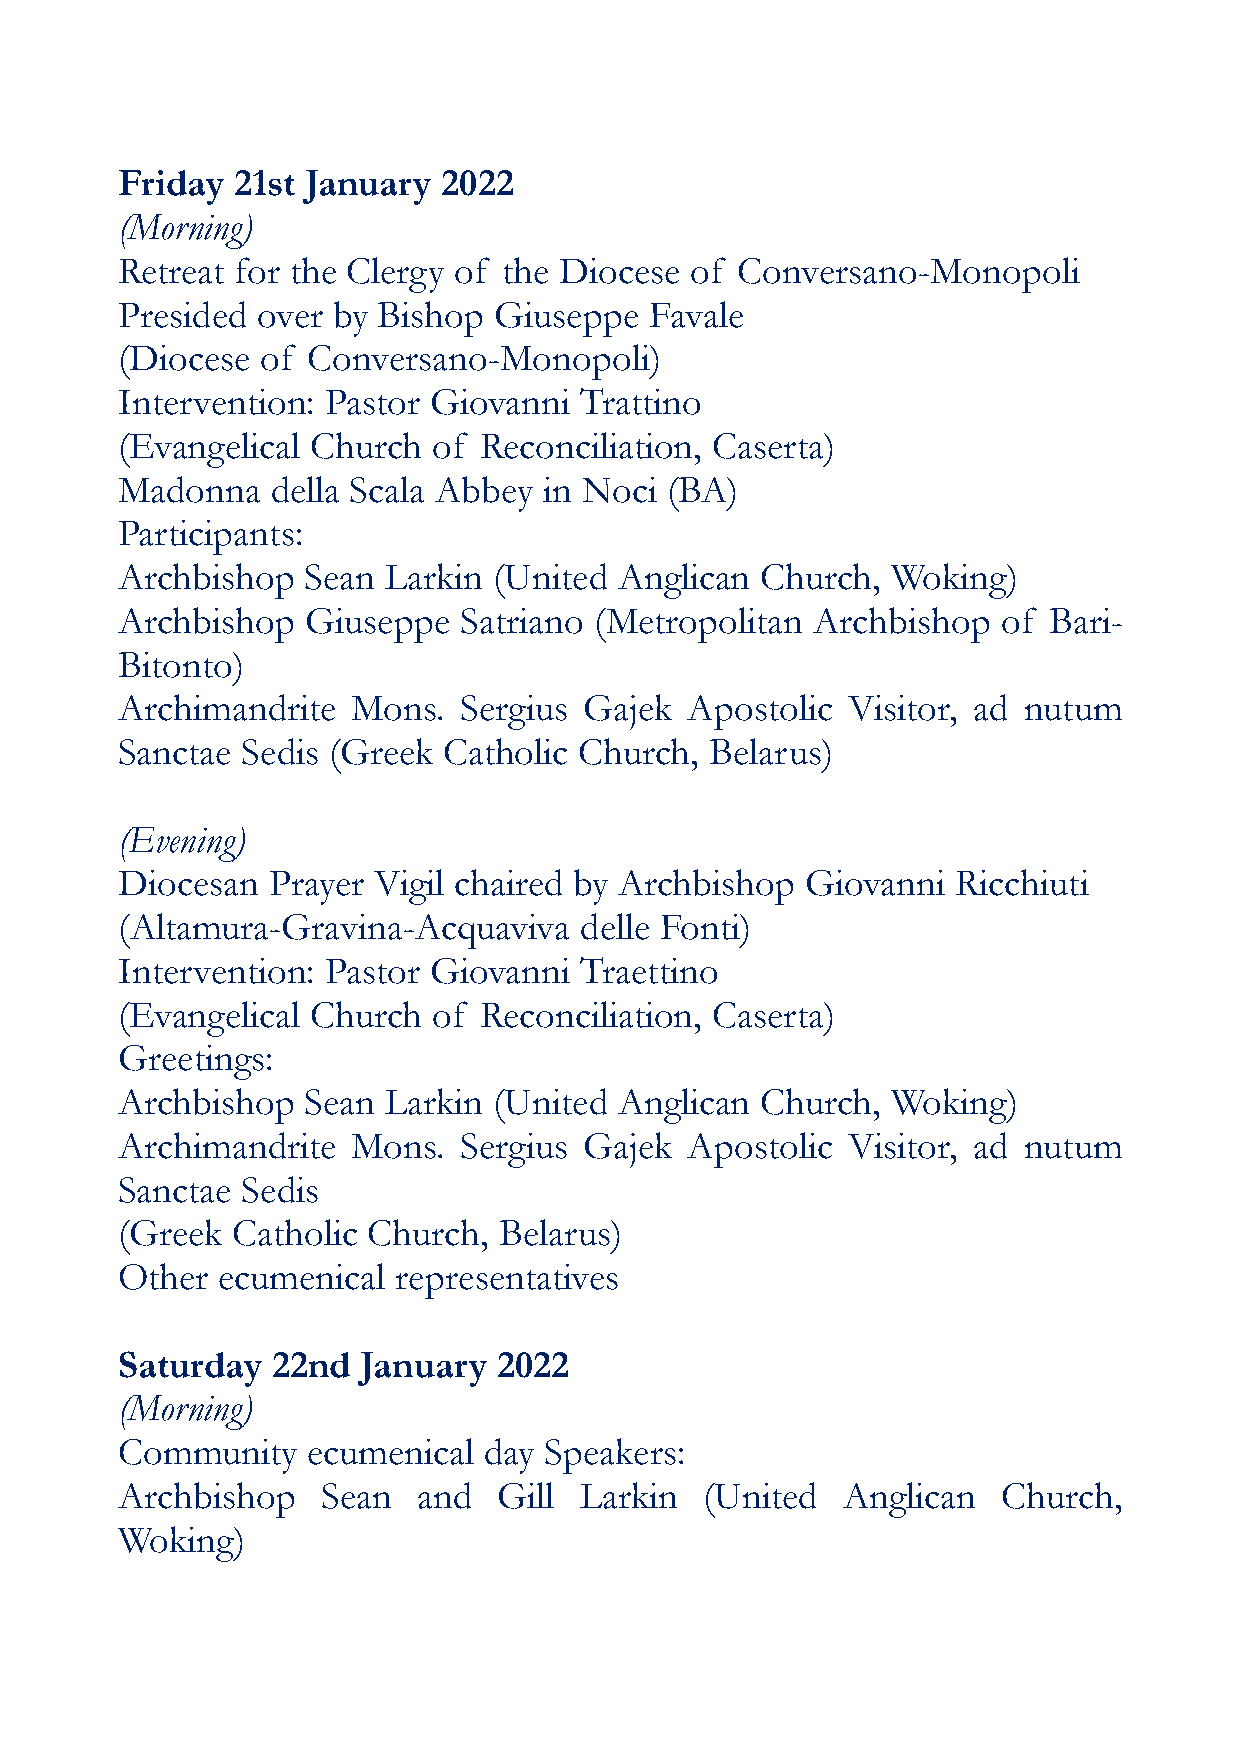
Friday 21st January  2022
 (Morning)
 Retreat for the Clergy of the Diocese of Conversano-Monopoli
 Presided over by Bishop  Giuseppe  Favale
 (Diocese of Conversano-Monopoli)
 Intervention: Pastor Giovanni Trattino
 (Evangelical Church  of Reconciliation, Caserta)
 Madonna   della Scala Abbey in Noci (BA)
 Participants:
 Archbishop  Sean  Larkin (United Anglican Church,  Woking)
 Archbishop  Giuseppe  Satriano (Metropolitan  Archbishop  of Bari-
 Bitonto)
 Archimandrite  Mons.  Sergius  Gajek Apostolic  Visitor, ad nutum
 Sanctae Sedis (Greek Catholic Church,  Belarus)
 (Evening)
 Diocesan  Prayer Vigil chaired by Archbishop Giovanni  Ricchiuti
 (Altamura-Gravina-Acquaviva   delle Fonti)
 Intervention: Pastor Giovanni Traettino
 (Evangelical Church  of Reconciliation, Caserta)
 Greetings:
 Archbishop  Sean  Larkin (United Anglican Church,  Woking)
 Archimandrite  Mons.  Sergius  Gajek Apostolic  Visitor, ad nutum
 Sanctae Sedis
 (Greek Catholic Church,  Belarus)
 Other ecumenical  representatives
 Saturday  22nd  January  2022
 (Morning)
 Community   ecumenical  day Speakers:
 Archbishop   Sean   and  Gill Larkin   (United  Anglican  Church,
 Woking)